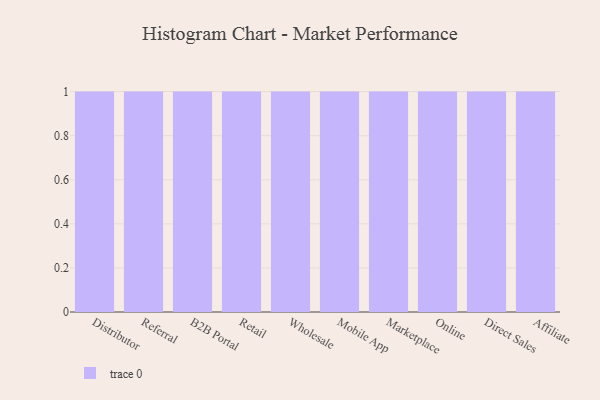
{"axis": {"x": "Channel", "y": "Population (Million)"}, "legend": [""], "data": [{"x": "Distributor", "y": 65, "type": ""}, {"x": "Referral", "y": 5, "type": ""}, {"x": "B2B Portal", "y": 25, "type": ""}, {"x": "Retail", "y": 48, "type": ""}, {"x": "Wholesale", "y": 99, "type": ""}, {"x": "Mobile App", "y": 4, "type": ""}, {"x": "Marketplace", "y": 22, "type": ""}, {"x": "Online", "y": 40, "type": ""}, {"x": "Direct Sales", "y": 51, "type": ""}, {"x": "Affiliate", "y": 22, "type": ""}]}